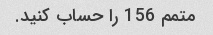
متمم 156 را حساب کنید.